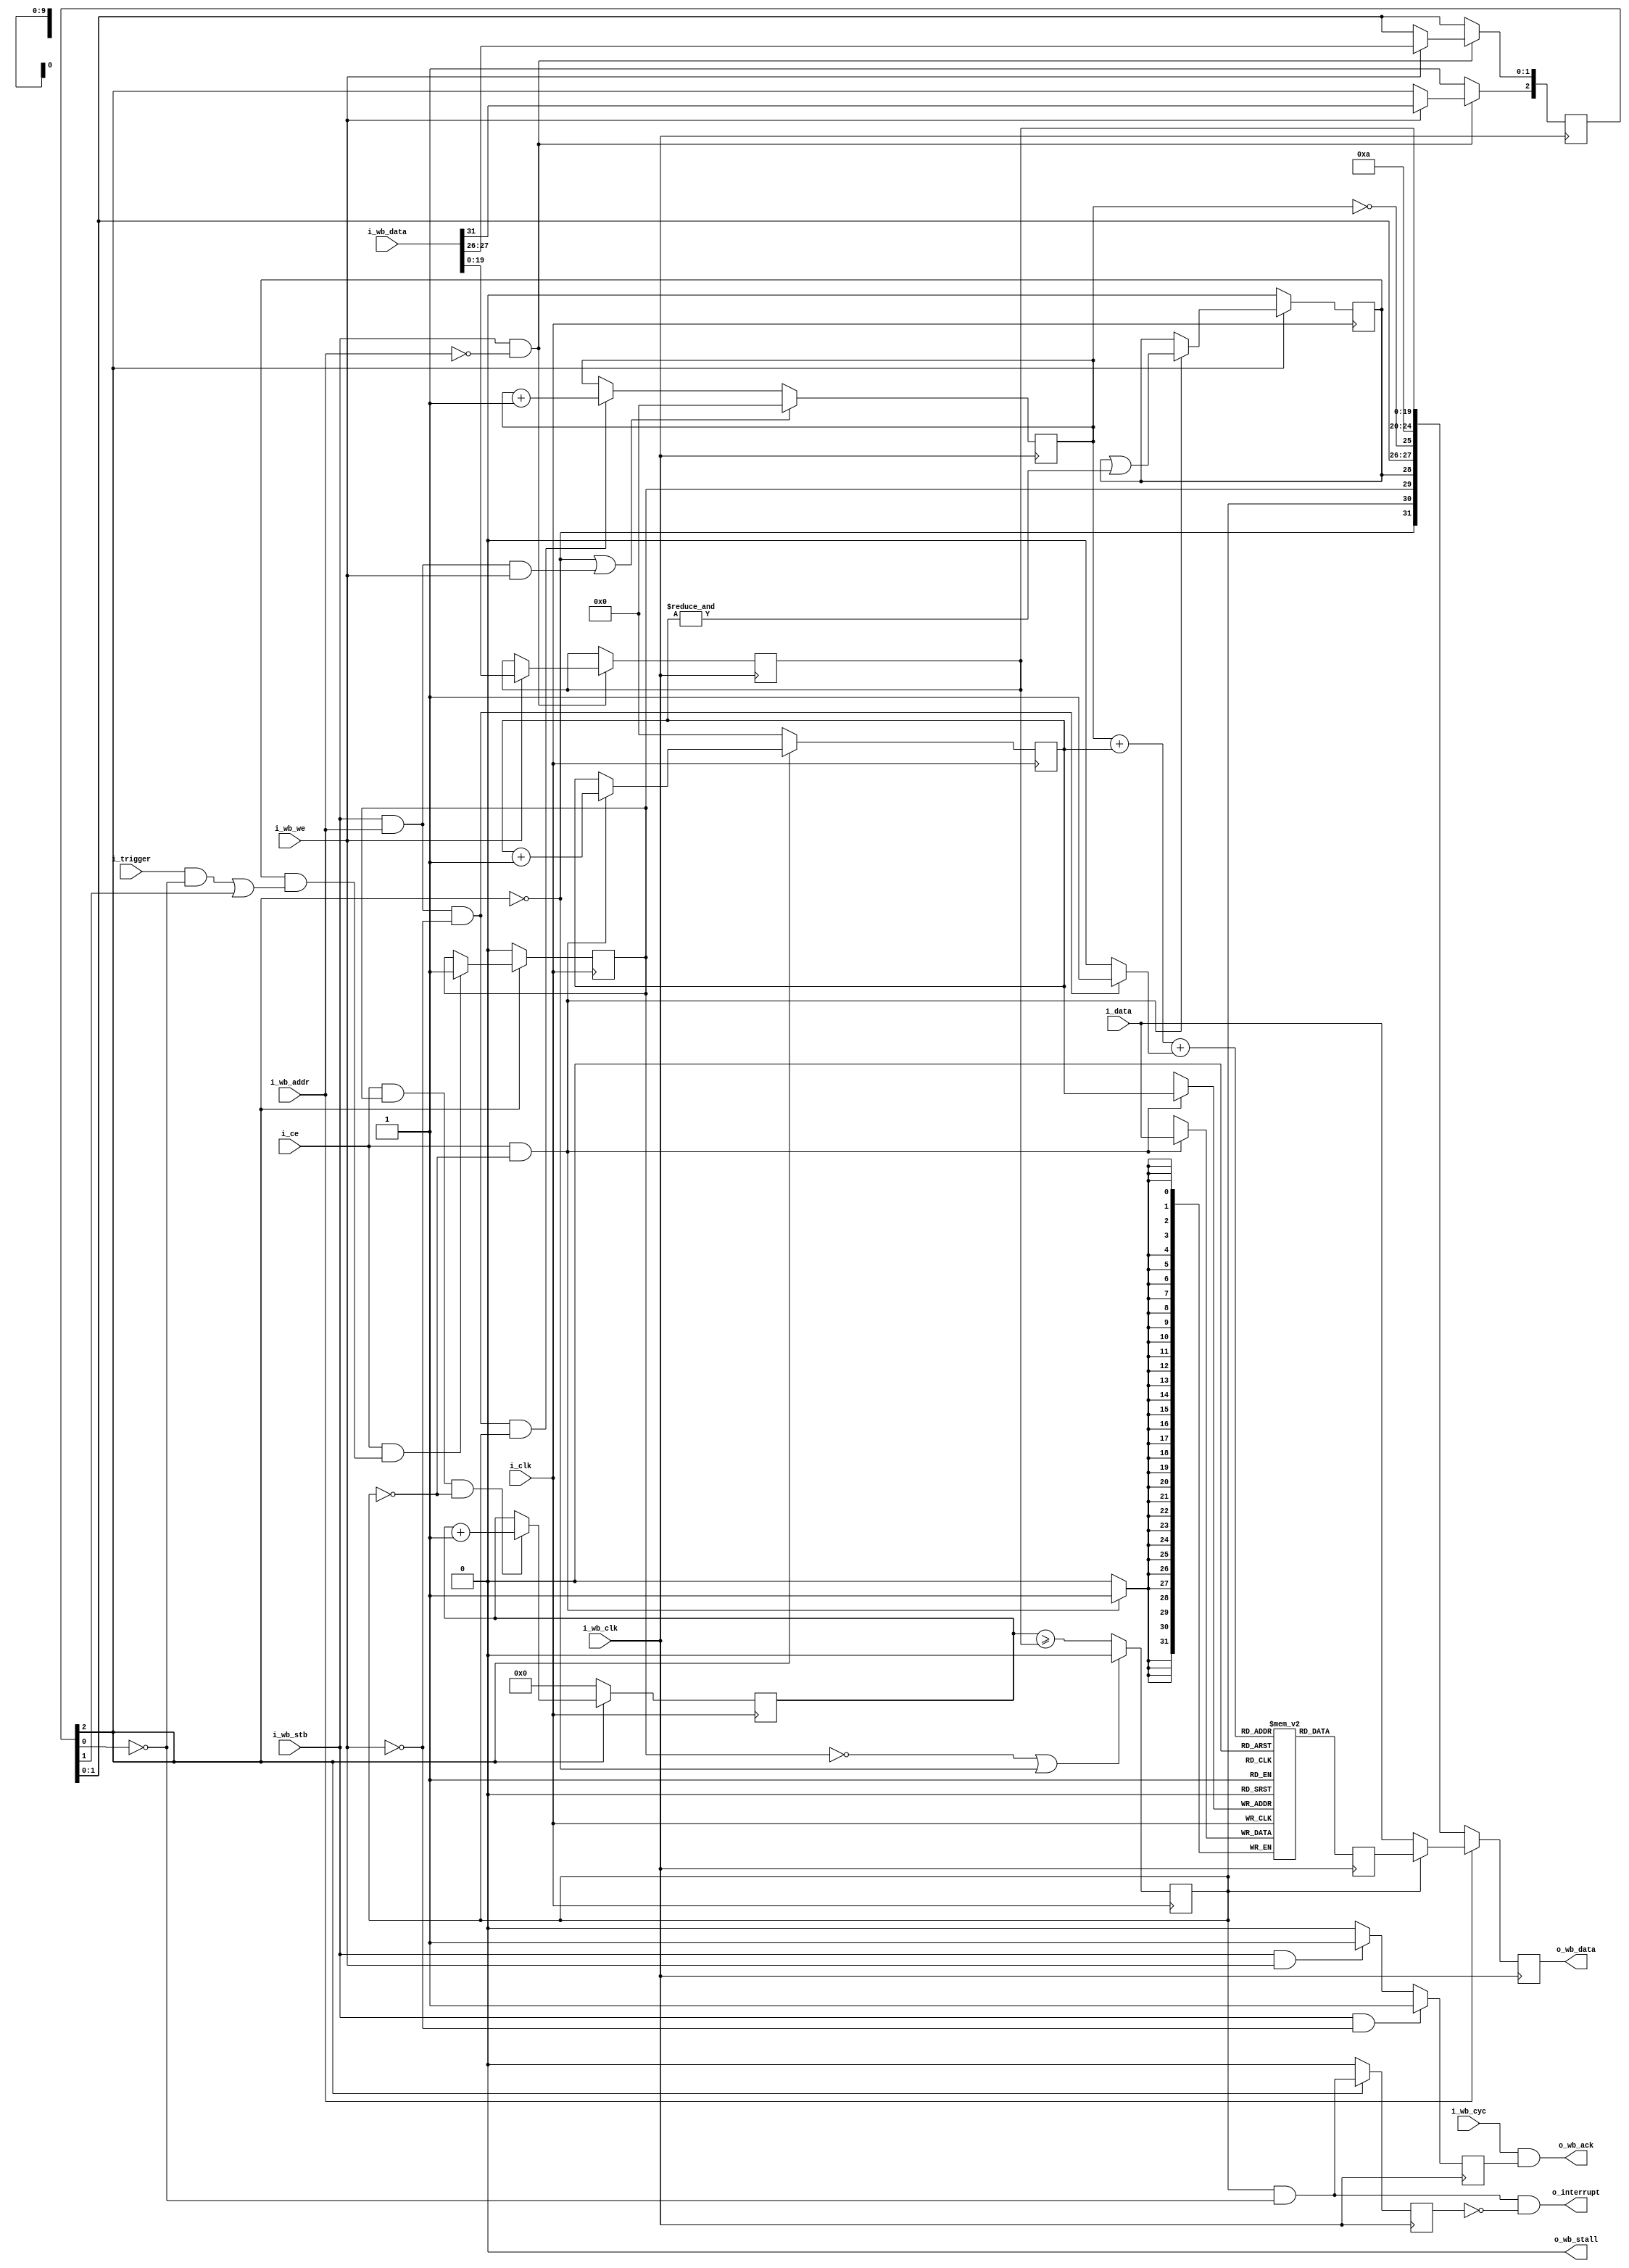
////////////////////////////////////////////////////////////////////////////////
//
//
// Project:	WBScope, a wishbone hosted scope
//
// Purpose:	This is a generic/library routine for providing a bus accessed
//	'scope' or (perhaps more appropriately) a bus accessed logic analyzer.
//	The general operation is such that this 'scope' can record and report
//	on any 32 bit value transiting through the FPGA.  Once started and
//	reset, the scope records a copy of the input data every time the clock
//	ticks with the circuit enabled.  That is, it records these values up
//	until the trigger.  Once the trigger goes high, the scope will record
//	for br_holdoff more counts before stopping.  Values may then be read
//	from the buffer, oldest to most recent.  After reading, the scope may
//	then be reset for another run.
//
//	In general, therefore, operation happens in this fashion:
//		1. A reset is issued.
//		2. Recording starts, in a circular buffer, and continues until
//		3. The trigger line is asserted.
//			The scope registers the asserted trigger by setting
//			the 'o_triggered' output flag.
//		4. A counter then ticks until the last value is written
//			The scope registers that it has stopped recording by
//			setting the 'o_stopped' output flag.
//		5. The scope recording is then paused until the next reset.
//		6. While stopped, the CPU can read the data from the scope
//		7. -- oldest to most recent
//		8. -- one value per i_rd&i_clk
//		9. Writes to the data register reset the address to the
//			beginning of the buffer
//
//	Although the data width DW is parameterized, it is not very changable,
//	since the width is tied to the width of the data bus, as is the 
//	control word.  Therefore changing the data width would require changing
//	the interface.  It's doable, but it would be a change to the interface.
//
//	The SYNCHRONOUS parameter turns on and off meta-stability
//	synchronization.  Ideally a wishbone scope able to handle one or two
//	clocks would have a changing number of ports as this SYNCHRONOUS
//	parameter changed.  Other than running another script to modify
//	this, I don't know how to do that so ... we'll just leave it running
//	off of two clocks or not.
//
//
//	Internal to this routine, registers and wires are named with one of the
//	following prefixes:
//
//	i_	An input port to the routine
//	o_	An output port of the routine
//	br_	A register, controlled by the bus clock
//	dr_	A register, controlled by the data clock
//	bw_	A wire/net, controlled by the bus clock
//	dw_	A wire/net, controlled by the data clock
//
// Creator:	Dan Gisselquist, Ph.D.
//		Gisselquist Technology, LLC
//
////////////////////////////////////////////////////////////////////////////////
//
// Copyright (C) 2015-2017, Gisselquist Technology, LLC
//
// This program is free software (firmware): you can redistribute it and/or
// modify it under the terms of  the GNU General Public License as published
// by the Free Software Foundation, either version 3 of the License, or (at
// your option) any later version.
//
// This program is distributed in the hope that it will be useful, but WITHOUT
// ANY WARRANTY; without even the implied warranty of MERCHANTIBILITY or
// FITNESS FOR A PARTICULAR PURPOSE.  See the GNU General Public License
// for more details.
//
// You should have received a copy of the GNU General Public License along
// with this program.  (It's in the $(ROOT)/doc directory.  Run make with no
// target there if the PDF file isn't present.)  If not, see
// <http://www.gnu.org/licenses/> for a copy.
//
// License:	GPL, v3, as defined and found on www.gnu.org,
//		http://www.gnu.org/licenses/gpl.html
//
//
////////////////////////////////////////////////////////////////////////////////
//
//
module wbscope(i_clk, i_ce, i_trigger, i_data,
	i_wb_clk, i_wb_cyc, i_wb_stb, i_wb_we, i_wb_addr, i_wb_data,
	o_wb_ack, o_wb_stall, o_wb_data,
	o_interrupt);
	parameter [4:0]			LGMEM = 5'd10;
	parameter			BUSW = 32;
	parameter [0:0]			SYNCHRONOUS=1;
	parameter		 	HOLDOFFBITS = 20;
	parameter [(HOLDOFFBITS-1):0]	DEFAULT_HOLDOFF = ((1<<(LGMEM-1))-4);
	// The input signals that we wish to record
	input				i_clk, i_ce, i_trigger;
	input		[(BUSW-1):0]	i_data;
	// The WISHBONE bus for reading and configuring this scope
	input				i_wb_clk, i_wb_cyc, i_wb_stb, i_wb_we;
	input				i_wb_addr; // One address line only
	input		[(BUSW-1):0]	i_wb_data;
	output	wire			o_wb_ack, o_wb_stall;
	output	reg	[(BUSW-1):0]	o_wb_data;
	// And, finally, for a final flair --- offer to interrupt the CPU after
	// our trigger has gone off.  This line is equivalent to the scope 
	// being stopped.  It is not maskable here.
	output	wire			o_interrupt;

	reg	[(LGMEM-1):0]	raddr;
	reg	[(BUSW-1):0]	mem[0:((1<<LGMEM)-1)];

	// Our status/config register
	wire		bw_reset_request, bw_manual_trigger,
			bw_disable_trigger, bw_reset_complete;
	reg	[2:0]	br_config;
	reg	[(HOLDOFFBITS-1):0]	br_holdoff;
	initial	br_config = 3'b0;
	initial	br_holdoff = DEFAULT_HOLDOFF;
	always @(posedge i_wb_clk)
		if ((i_wb_stb)&&(!i_wb_addr))
		begin
			if (i_wb_we)
			begin
				br_config <= { i_wb_data[31],
					i_wb_data[27],
					i_wb_data[26] };
				br_holdoff = i_wb_data[(HOLDOFFBITS-1):0];
			end
		end else if (bw_reset_complete)
			br_config[2] <= 1'b1;
	assign	bw_reset_request   = (!br_config[2]);
	assign	bw_manual_trigger  = (br_config[1]);
	assign	bw_disable_trigger = (br_config[0]);

	wire	dw_reset, dw_manual_trigger, dw_disable_trigger;
	generate
	if (SYNCHRONOUS > 0)
	begin
		assign	dw_reset = bw_reset_request;
		assign	dw_manual_trigger = bw_manual_trigger;
		assign	dw_disable_trigger = bw_disable_trigger;
		assign	bw_reset_complete = bw_reset_request;
	end else begin
		reg		r_reset_complete;
		(* ASYNC_REG = "TRUE" *) reg	[2:0]	q_iflags;
		reg	[2:0]	r_iflags;

		// Resets are synchronous to the bus clock, not the data clock
		// so do a clock transfer here
		initial	q_iflags = 3'b000;
		initial	r_reset_complete = 1'b0;
		always @(posedge i_clk)
		begin
			q_iflags <= { bw_reset_request, bw_manual_trigger, bw_disable_trigger };
			r_iflags <= q_iflags;
			r_reset_complete <= (dw_reset);
		end

		assign	dw_reset = r_iflags[2];
		assign	dw_manual_trigger = r_iflags[1];
		assign	dw_disable_trigger = r_iflags[0];

		(* ASYNC_REG = "TRUE" *) reg	q_reset_complete;
		reg	qq_reset_complete;
		// Pass an acknowledgement back from the data clock to the bus
		// clock that the reset has been accomplished
		initial	q_reset_complete = 1'b0;
		initial	qq_reset_complete = 1'b0;
		always @(posedge i_wb_clk)
		begin
			q_reset_complete  <= r_reset_complete;
			qq_reset_complete <= q_reset_complete;
		end

		assign bw_reset_complete = qq_reset_complete;
	end endgenerate

	//
	// Set up the trigger
	//
	//
	// Write with the i-clk, or input clock.  All outputs read with the
	// WISHBONE-clk, or i_wb_clk clock.
	reg	dr_triggered, dr_primed;
	wire	dw_trigger;
	assign	dw_trigger = (dr_primed)&&(
				((i_trigger)&&(!dw_disable_trigger))
				||(dw_manual_trigger));
	initial	dr_triggered = 1'b0;
	always @(posedge i_clk)
		if (dw_reset)
			dr_triggered <= 1'b0;
		else if ((i_ce)&&(dw_trigger))
			dr_triggered <= 1'b1;

	//
	// Determine when memory is full and capture is complete
	//
	// Writes take place on the data clock
	// The counter is unsigned
	(* ASYNC_REG="TRUE" *) reg	[(HOLDOFFBITS-1):0]	counter;

	reg		dr_stopped;
	initial	dr_stopped = 1'b0;
	initial	counter = 0;
	always @(posedge i_clk)
		if (dw_reset)
			counter <= 0;
		else if ((i_ce)&&(dr_triggered)&&(!dr_stopped))
		begin // MUST BE a < and not <=, so that we can keep this w/in
			// 20 bits.  Else we'd need to add a bit to comparison 
			// here.
			counter <= counter + 1'b1;
		end
	always @(posedge i_clk)
		if ((!dr_triggered)||(dw_reset))
			dr_stopped <= 1'b0;
		else
			dr_stopped <= (counter >= br_holdoff);

	//
	//	Actually do our writes to memory.  Record, via 'primed' when
	//	the memory is full.
	//
	//	The 'waddr' address that we are using really crosses two clock
	//	domains.  While writing and changing, it's in the data clock
	//	domain.  Once stopped, it becomes part of the bus clock domain.
	//	The clock transfer on the stopped line handles the clock
	//	transfer for these signals.
	//
	reg	[(LGMEM-1):0]	waddr;
	initial	waddr = {(LGMEM){1'b0}};
	initial	dr_primed = 1'b0;
	always @(posedge i_clk)
		if (dw_reset) // For simulation purposes, supply a valid value
		begin
			waddr <= 0; // upon reset.
			dr_primed <= 1'b0;
		end else if ((i_ce)&&(!dr_stopped))
		begin
			// mem[waddr] <= i_data;
			waddr <= waddr + {{(LGMEM-1){1'b0}},1'b1};
			dr_primed <= (dr_primed)||(&waddr);
		end
	always @(posedge i_clk)
		if ((i_ce)&&(!dr_stopped))
			mem[waddr] <= i_data;

	//
	// Clock transfer of the status signals
	//
	wire	bw_stopped, bw_triggered, bw_primed;
	generate
	if (SYNCHRONOUS > 0)
	begin
		assign	bw_stopped   = dr_stopped;
		assign	bw_triggered = dr_triggered;
		assign	bw_primed    = dr_primed;
	end else begin
		// These aren't a problem, since none of these are strobe
		// signals.  They goes from low to high, and then stays high
		// for many clocks.  Swapping is thus easy--two flip flops to
		// protect against meta-stability and we're done.
		//
		(* ASYNC_REG = "TRUE" *) reg	[2:0]	q_oflags;
		reg	[2:0]	r_oflags;
		initial	q_oflags = 3'h0;
		initial	r_oflags = 3'h0;
		always @(posedge i_wb_clk)
			if (bw_reset_request)
			begin
				q_oflags <= 3'h0;
				r_oflags <= 3'h0;
			end else begin
				q_oflags <= { dr_stopped, dr_triggered, dr_primed };
				r_oflags <= q_oflags;
			end

		assign	bw_stopped   = r_oflags[2];
		assign	bw_triggered = r_oflags[1];
		assign	bw_primed    = r_oflags[0];
	end endgenerate

	// Reads use the bus clock
	reg	br_wb_ack;
	initial	br_wb_ack = 1'b0;
	wire	bw_cyc_stb;
	assign	bw_cyc_stb = (i_wb_stb);
	always @(posedge i_wb_clk)
	begin
		if ((bw_reset_request)
			||((bw_cyc_stb)&&(i_wb_addr)&&(i_wb_we)))
			raddr <= 0;
		else if ((bw_cyc_stb)&&(i_wb_addr)&&(!i_wb_we)&&(bw_stopped))
			raddr <= raddr + 1'b1; // Data read, when stopped

		if ((bw_cyc_stb)&&(!i_wb_we))
		begin // Read from the bus
			br_wb_ack <= 1'b1;
		end else if ((bw_cyc_stb)&&(i_wb_we))
			// We did this write above
			br_wb_ack <= 1'b1;
		else // Do nothing if either i_wb_cyc or i_wb_stb are low
			br_wb_ack <= 1'b0;
	end

	reg	[31:0]	nxt_mem;
	always @(posedge i_wb_clk)
		nxt_mem <= mem[raddr+waddr+
			(((bw_cyc_stb)&&(i_wb_addr)&&(!i_wb_we)) ?
				{{(LGMEM-1){1'b0}},1'b1} : { (LGMEM){1'b0}} )];

	wire	[19:0]	full_holdoff;
	assign full_holdoff[(HOLDOFFBITS-1):0] = br_holdoff;
	generate if (HOLDOFFBITS < 20)
		assign full_holdoff[19:(HOLDOFFBITS)] = 0;
	endgenerate

	wire	[4:0]	bw_lgmem;
	assign		bw_lgmem = LGMEM;
	always @(posedge i_wb_clk)
		if (!i_wb_addr) // Control register read
			o_wb_data <= { bw_reset_request,
					bw_stopped,
					bw_triggered,
					bw_primed,
					bw_manual_trigger,
					bw_disable_trigger,
					(raddr == {(LGMEM){1'b0}}),
					bw_lgmem,
					full_holdoff  };
		else if (!bw_stopped) // read, prior to stopping
			o_wb_data <= i_data;
		else // if (i_wb_addr) // Read from FIFO memory
			o_wb_data <= nxt_mem; // mem[raddr+waddr];

	assign	o_wb_stall = 1'b0;
	assign	o_wb_ack = (i_wb_cyc)&&(br_wb_ack);

	reg	br_level_interrupt;
	initial	br_level_interrupt = 1'b0;
	assign	o_interrupt = (bw_stopped)&&(!bw_disable_trigger)
					&&(!br_level_interrupt);
	always @(posedge i_wb_clk)
		if ((bw_reset_complete)||(bw_reset_request))
			br_level_interrupt<= 1'b0;
		else
			br_level_interrupt<= (bw_stopped)&&(!bw_disable_trigger);

endmodule